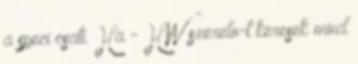
a speci csati. Ha - HW szerelo-t keresek mind